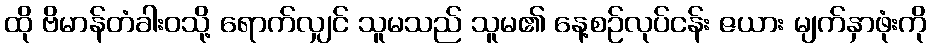
ထို ဗိမာန်တံခါးဝသို့ ရောက်လျှင် သူမသည် သူမ၏ နေ့စဉ်လုပ်ငန်း ဇယား မျက်နှာဖုံးကို